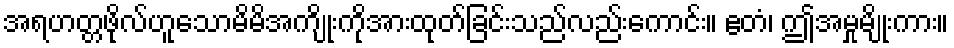
အရဟတ္တဖိုလ်ဟူသောမိမိအကျိုးကိုအားထုတ်ခြင်းသည်လည်းကောင်း။ ဧတံ၊ ဤအမှုမျိုးကား။